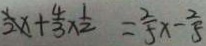
\frac { 1 } { 2 } x + \frac { 4 } { 3 } \times \frac { 1 } { 2 } = \frac { 2 } { 5 } x - \frac { 2 } { 5 }